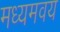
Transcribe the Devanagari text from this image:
मध्यमवय